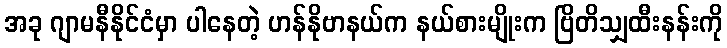
အခု ဂျာမနီနိုင်ငံမှာ ပါနေတဲ့ ဟန်နိုဗာနယ်က နယ်စားမျိုးက ဗြိတိသျှထီးနန်းကို